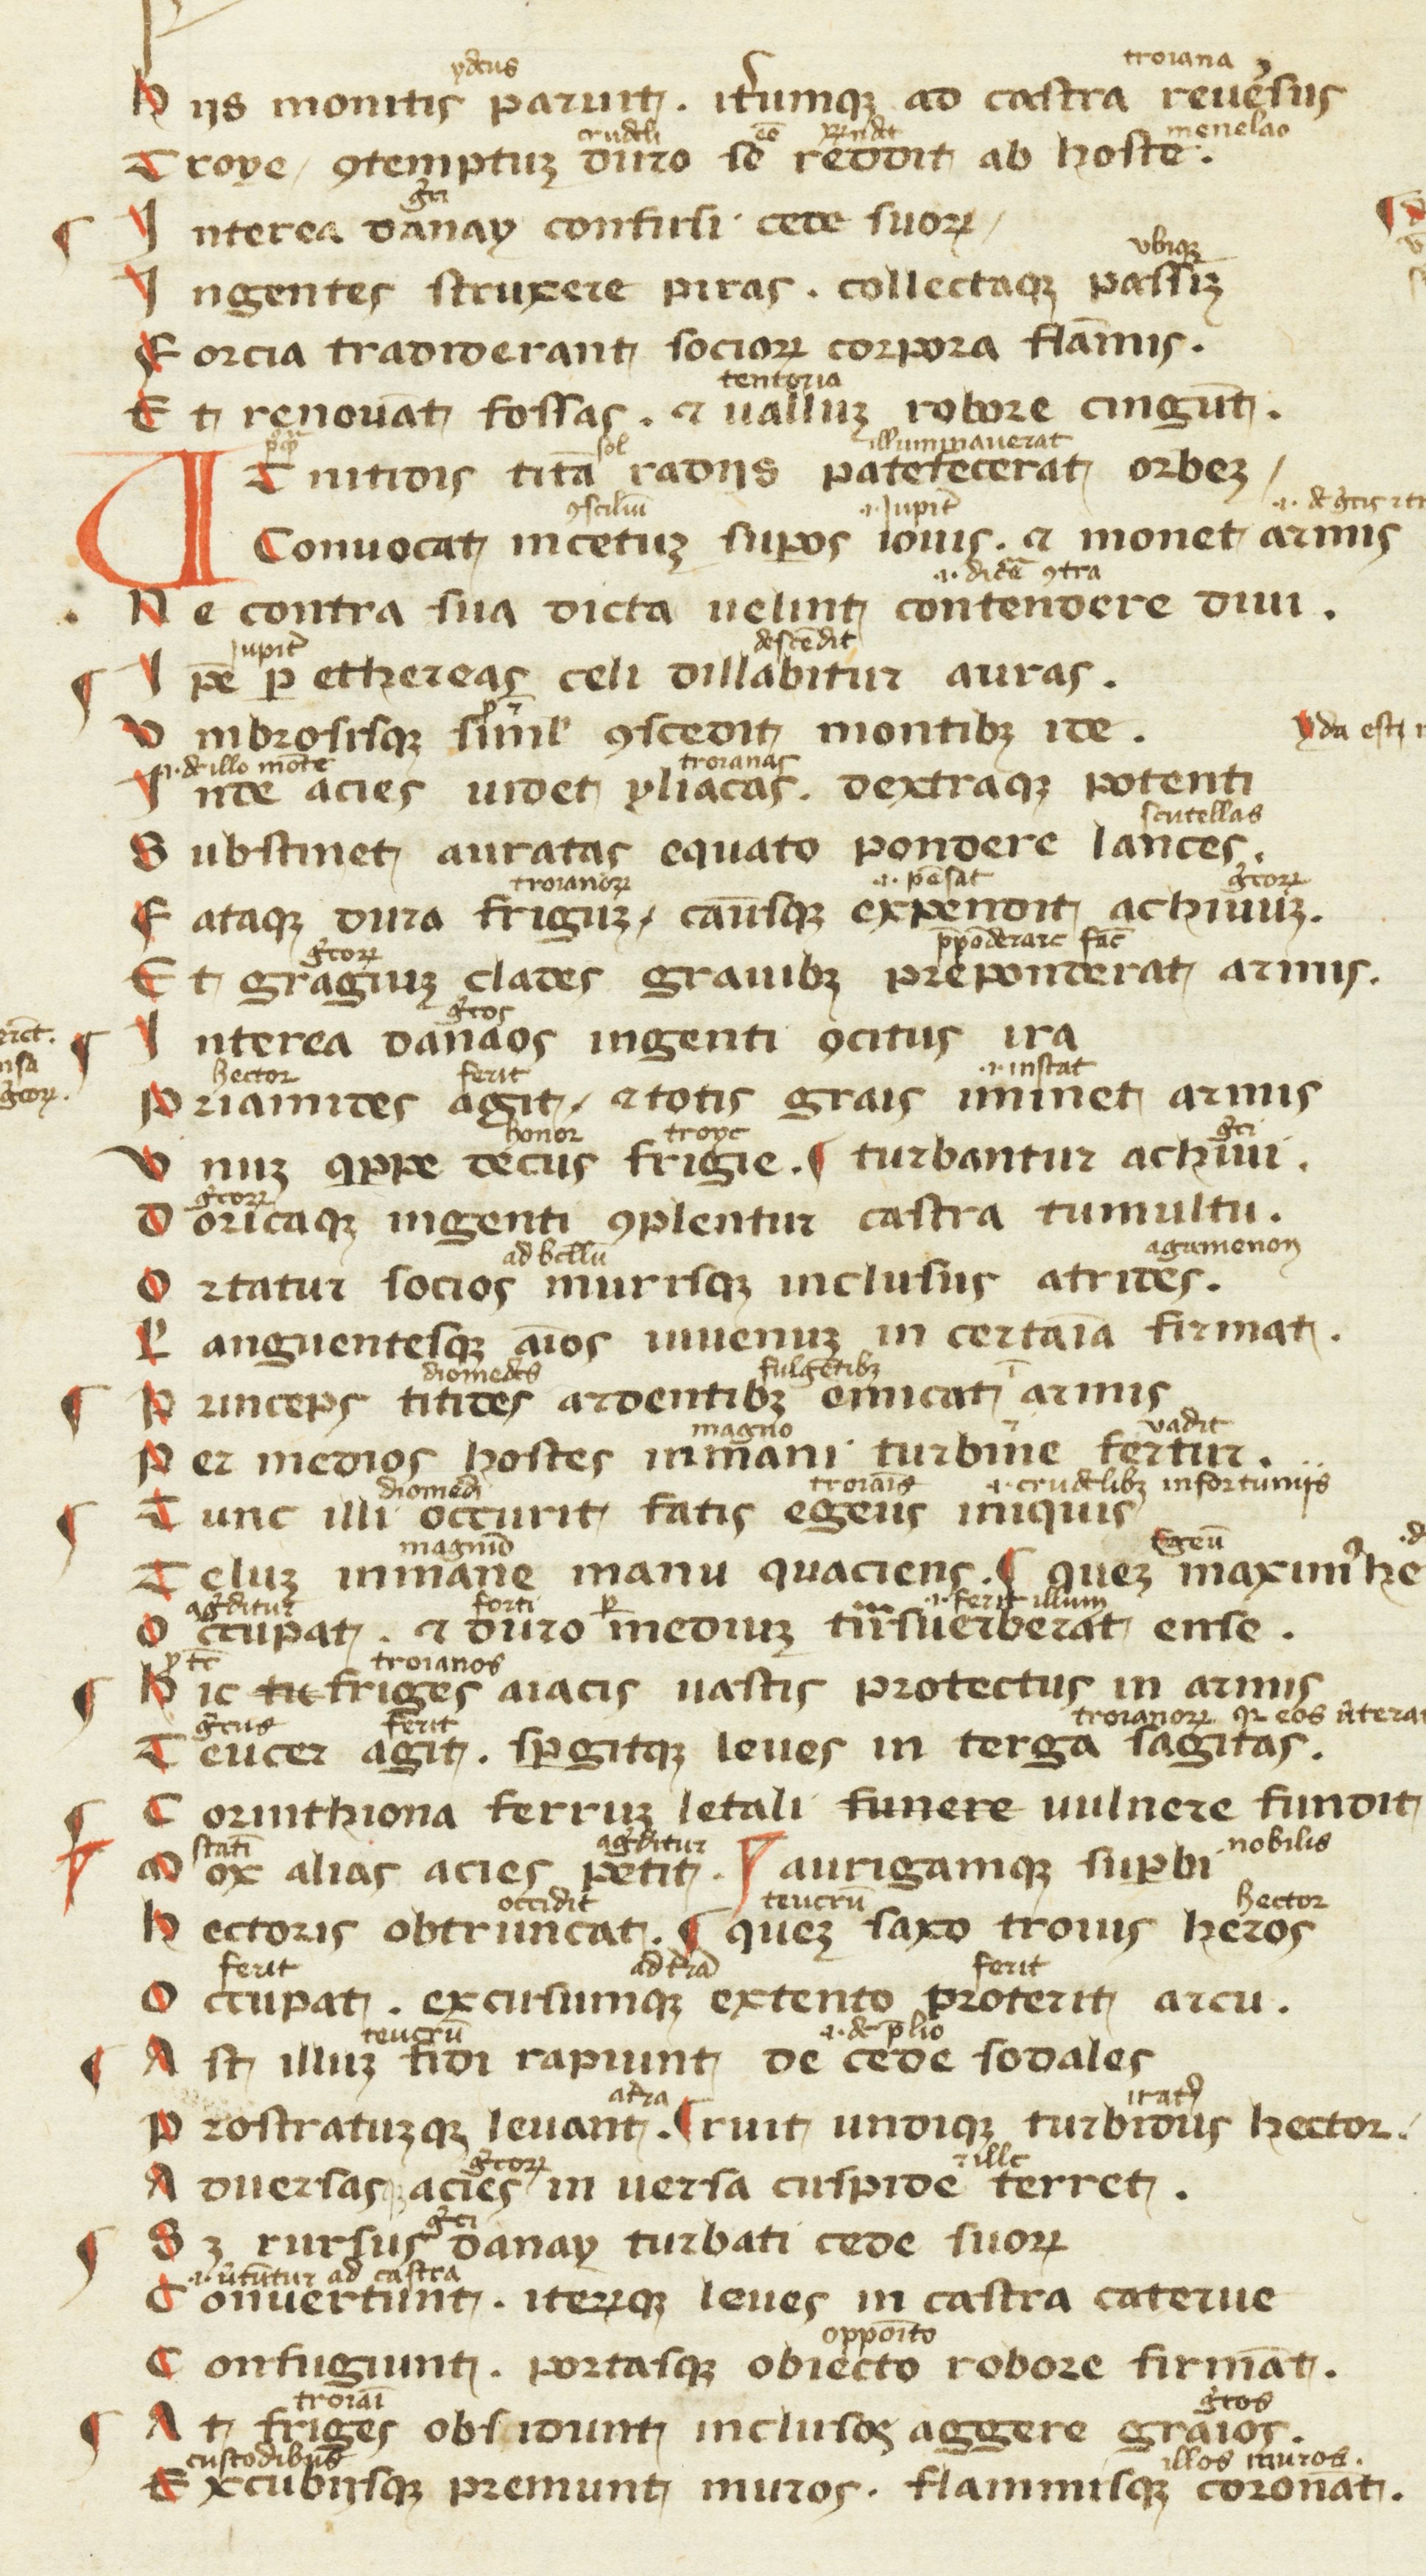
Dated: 1300–1399